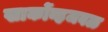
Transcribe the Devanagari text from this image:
खार्कोव्हजवळ